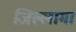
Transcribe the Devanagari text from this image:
जिल्लामां